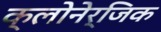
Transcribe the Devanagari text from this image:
क्लोनेर्जिक